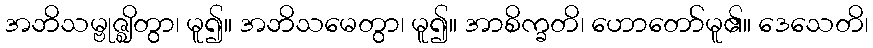
အဘိသမ္ဗုဇ္ဈိတွာ၊ မူ၍။ အဘိသမေတွာ၊ မူ၍။ အာစိက္ခတိ၊ ဟောတော်မူ၏။ ဒေသေတိ၊